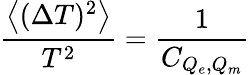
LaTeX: \frac{\left<(\Delta T)^{2}\right>}{T^{2}}=\frac{1}{C_{Q_{e},Q_{m}}}